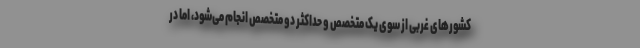
کشورهای غربی از سوی یک متخصص و حداکثر دو متخصص انجام می‌شود، اما در